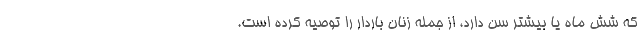
که شش ماه یا بیشتر سن دارد، از جمله زنان باردار را توصیه کرده است.